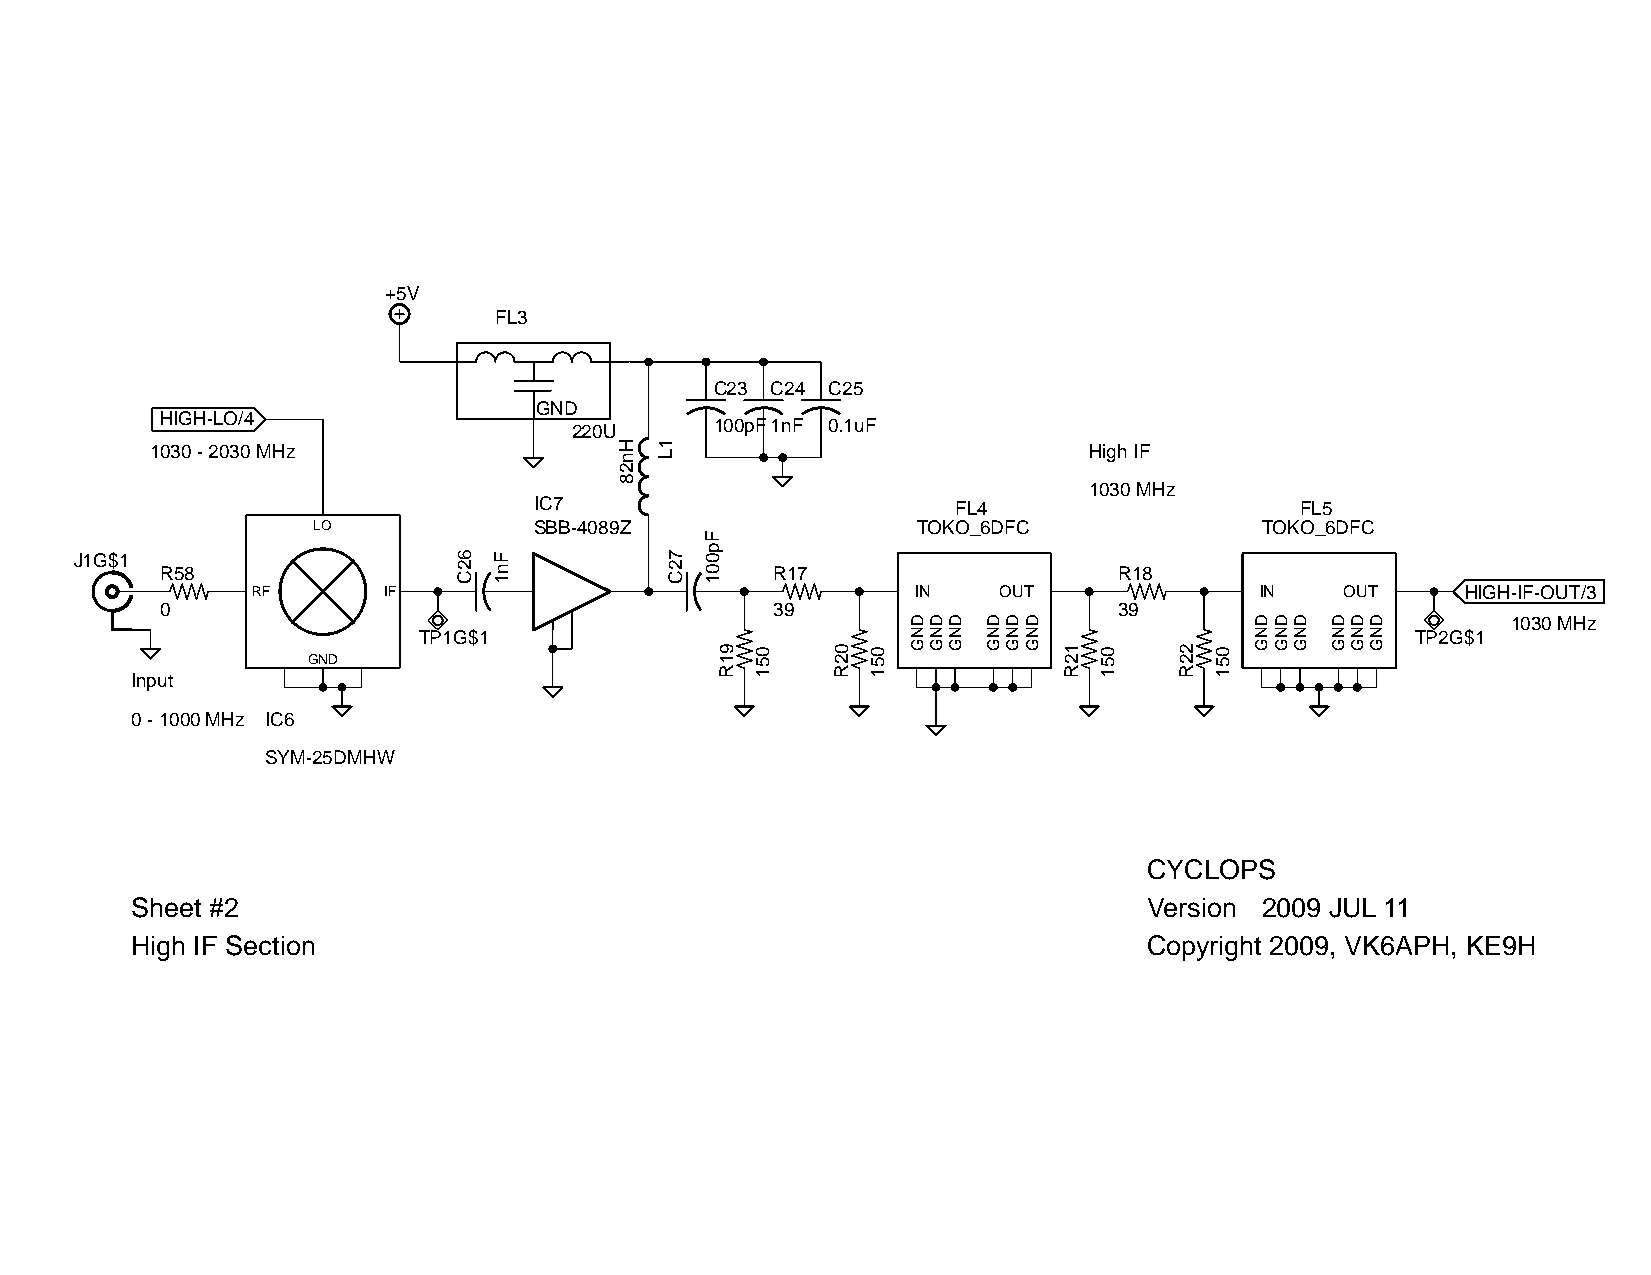
+5V
 FL3
 C23 C24 C25
 GND
 HIGH-LO/4
 100pF1nF 0.1uF
 220U
 1030 - 2030 MHz                                               High IF
 1030 MHz
 IC7                         FL4                    FL5
 LO            SBB-4089Z                 TOKO_6DFC             TOKO_6DFC
 J1G$1
 R58                                     R17                    R18
 RF      IF                                  IN   OUT              IN    OUT     HIGH-IF-OUT/3
 0                                       39                     39
 1030 MHz
 TP1G$1                                                            TP2G$1
 GND
 Input
 0 - 1000 MHz IC6
 SYM-25DMHW
 CYCLOPS
 Sheet #2                                                           Version 2009 JUL 11
 High IF Section                                                    Copyright 2009, VK6APH, KE9H
 62C Fn1
 Hn28 1L
 72C
 Fp001
 91R 051 02R 051
 DNG DNG DNG DNG DNG DNG
 12R 051 22R 051
 DNG DNG DNG DNG DNG DNG